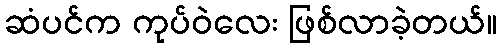
ဆံပင်က ကုပ်ဝဲလေး ဖြစ်လာခဲ့တယ်။